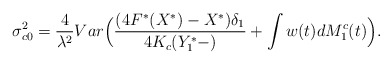
\begin{align*}\sigma_{c0}^{2}=\frac{4}{\lambda^{2}}Var\Big(\frac{(4F^*(X^*)-X^*)\delta_1}{4K_c(Y^{*}_1-)}+\int w(t) dM_1^c(t)\Big).\end{align*}